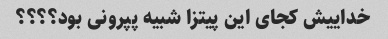
خداییش کجای این پیتزا شبیه پپرونی بود؟؟؟؟